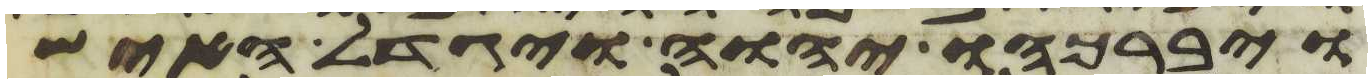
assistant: ויברכהו יהוה ויגדל האיש